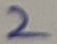
Text: 2